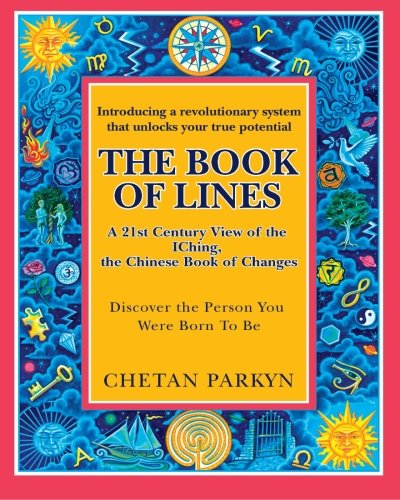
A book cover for The Book of Lines, A 21st Century View of the IChing the Chinese Book of Changes: Human Design : Discover the Person You Were Born To Be (Volume 2); Chetan Parkyn; Religion & Spirituality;